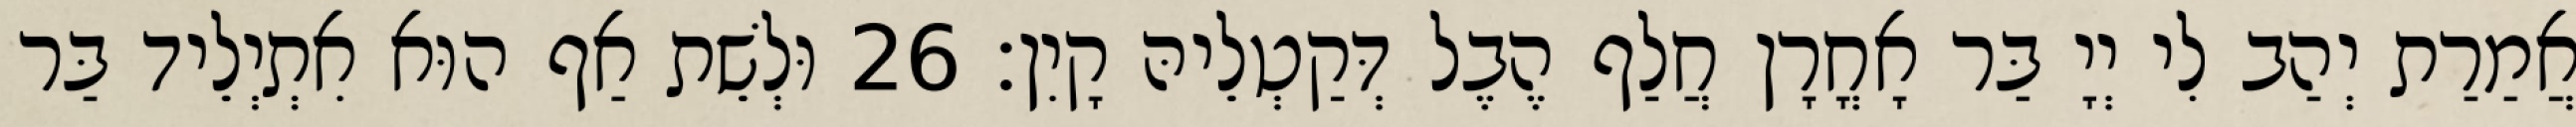
אֲמַרַת יְהַב לִי יְיָ בַּר אָחֳרָן חֲלַף הֶבֶל דְּקַטְלֵיהּ קָיִן׃ 26 וּלְשֵׁת אַף הוּא אִתְיְלֵיד בַּר